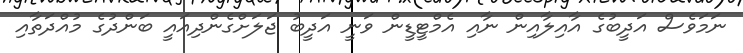
ނަމަވެސް އަދީބުގެ އާއިލާއިން ނާއި އެމްޓީޑީން ވަނީ އަދީބު ޖަލަށްގެންދިއައީ ބަންދުގެ މުއްދަތާއި